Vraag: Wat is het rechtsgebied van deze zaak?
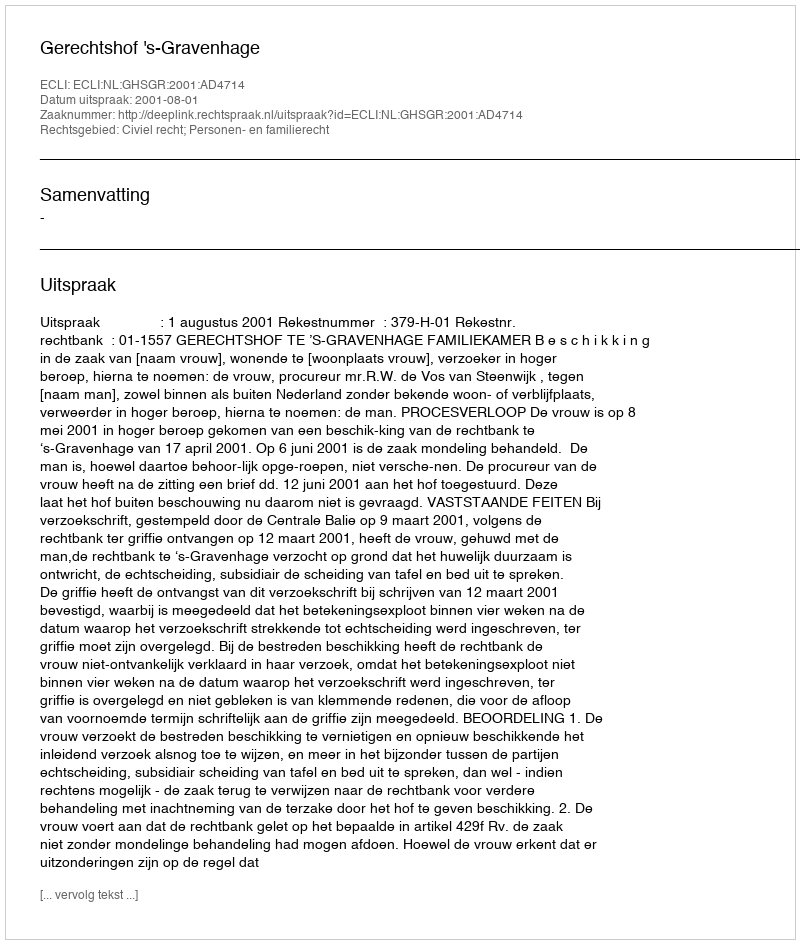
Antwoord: Civiel recht; Personen- en familierecht